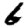
Digit: 6